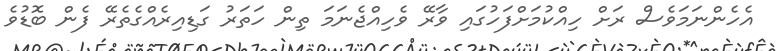
އެހެންނަމަވެސް ރަށް ހިއްކުމަށްފަހުގައި ވާރޭ ވެހިއްޖެނަމަ ތިން ހަތަރު ގަޑިއިރެއްގެތެރޭ ފެން ބޮޑުވެ